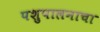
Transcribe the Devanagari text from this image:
पशुपालनाचा